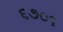
૬૭૦૧